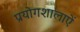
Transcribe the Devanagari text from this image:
प्रयोगशालाऐं